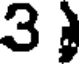
3